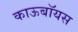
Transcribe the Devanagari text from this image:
काऊबॉयस